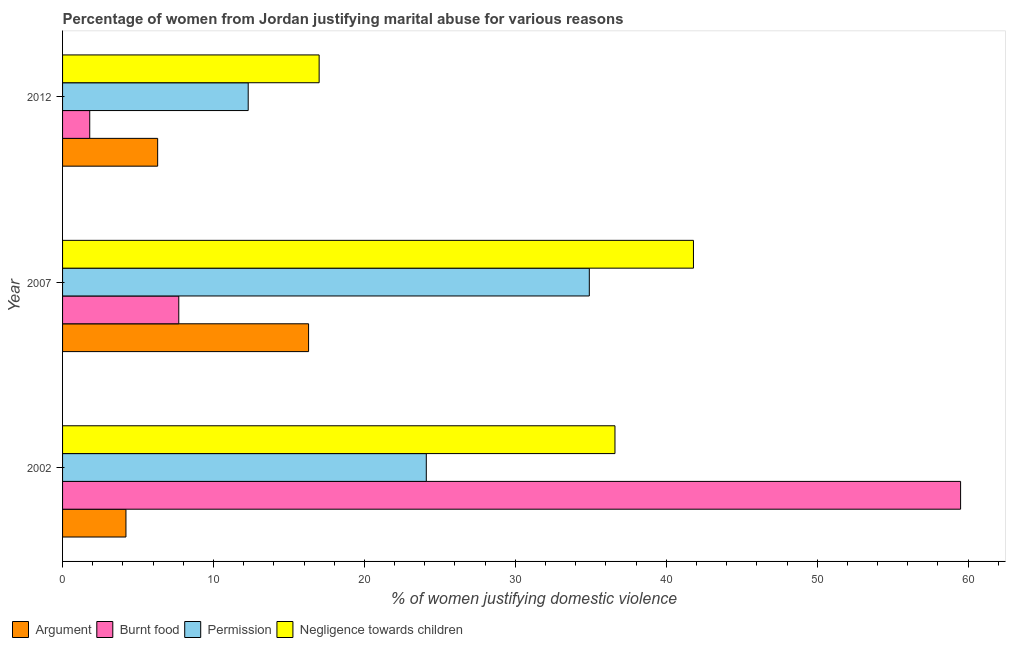
| Year | Argument | Burnt food | Permission | Negligence towards children |
 | --- | --- | --- | --- | --- |
 | 2002 | 4.2 | 59.5 | 24.1 | 36.6 |
 | 2007 | 16.3 | 7.7 | 34.9 | 41.8 |
 | 2012 | 6.3 | 1.8 | 12.3 | 17 |